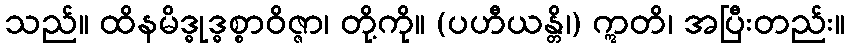
သည်။ ထိနမိဒ္ဓုဒ္ဓစ္စာဝိဇ္ဇာ၊ တို့ကို။ (ပဟီယန္တိ၊) ဣတိ၊ အပြီးတည်း။